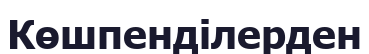
Көшпенділерден